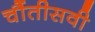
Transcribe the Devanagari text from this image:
चौंतीसवी